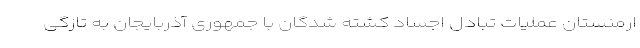
ارمنستان عملیات تبادل اجساد کشته شدگان با جمهوری آذربایجان به تازگی